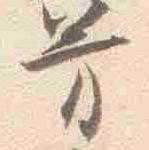
芳